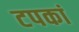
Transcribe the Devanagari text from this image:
टपकां